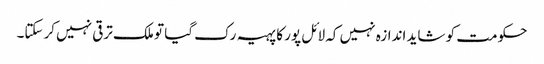
حکومت کو شاید اندازہ نہیں کہ لائل پور کا پہیہ رک گیا تو ملک ترقی نہیں کرسکتا۔